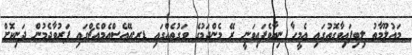
މައުލޫމާތު ލިބިފައިވާގޮތުގައި އެމީހާ ނިޔާވެފައިވަނީ ރޭ މެންދަމުގެ ވަގުތެއްގައި ޑރ.އޭއެސްއެމްއެޗްގައި ފަރުވާދެމުން ދަނިކޮށް